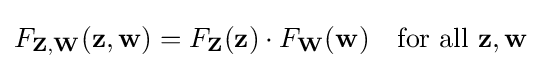
F_{\mathbf {Z,W} }(\mathbf {z,w} )=F_{\mathbf {Z} }(\mathbf {z} )\cdot F_{\mathbf {W} }(\mathbf {w} )\quad {\text{for all }}\mathbf {z} ,\mathbf {w}